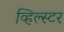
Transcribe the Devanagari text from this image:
व्हिल्स्टर